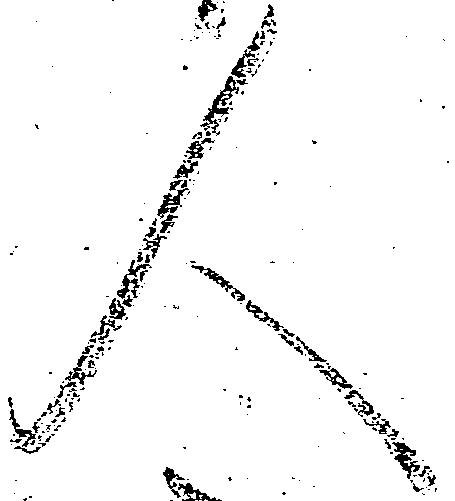
人